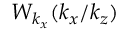
W _ { k _ { x } } ( k _ { x } / k _ { z } )